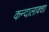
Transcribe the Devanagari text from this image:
कन्दालाक्शा